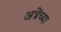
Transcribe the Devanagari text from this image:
अत्रेंच्या